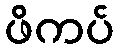
ဖိကပ်